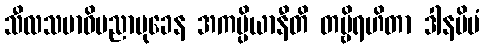
သီလသမာဓိပညာမုခေန အကပ္ပိယာနီတိ တဗ္ဗိရဟိတာ ဒါနမိမံ